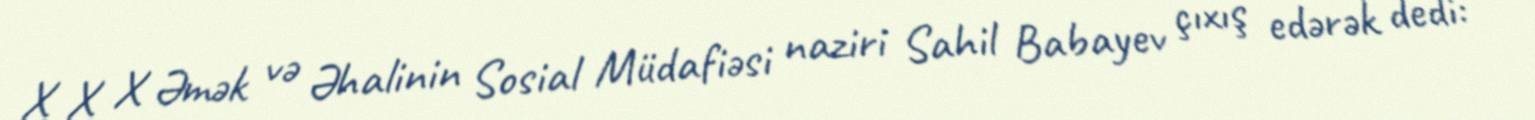
X X X Əmək və Əhalinin Sosial Müdafiəsi naziri Sahil Babayev çıxış edərək dedi: